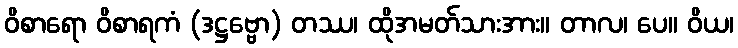
ဝိစာရော ဝိစာရကံ (ဒဋ္ဌဗ္ဗော) တဿ၊ ထိုအမတ်သားအား။ တာလ၊ ပေ။ ဝိယ၊